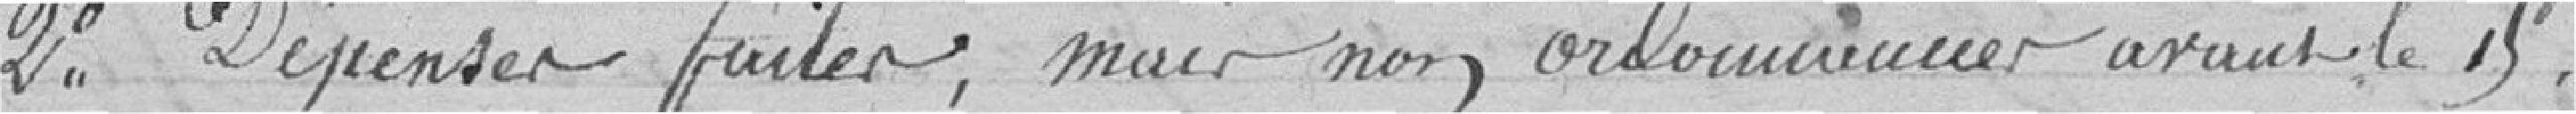
2° Dépenses faites, mis non ordonnées avant le 15